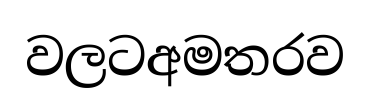
වලටඅමතරව